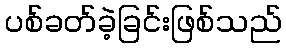
ပစ်ခတ်ခဲ့ခြင်းဖြစ်သည်